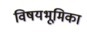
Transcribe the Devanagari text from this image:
विषयभूमिका